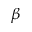
\boldsymbol { \beta }